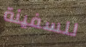
للسفينة